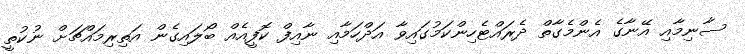
ސާނިމާއި އޭނާގެ އެންމެގާތް ދެރައްޓެހިންކަމުގައިވާ އަދްހަމާއި ނާއިފް ކޮފީއެއް ބޯލައިގެން އަތިރިމައްޗަށް ނުކުތީ